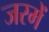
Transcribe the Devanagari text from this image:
जरमें